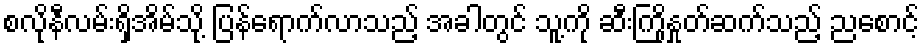
စလိုနီလမ်းရှိအိမ်သို့ ပြန်ရောက်လာသည့် အခါတွင် သူ့ကို ဆီးကြိုနှုတ်ဆက်သည့် ညစောင့်